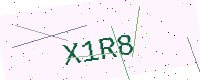
Text: X1R8